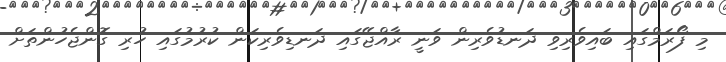
މި ފޯރަމްގައި ބައިވެރިވި ދަނޑުވެރިން ވަނީ ރާއްޖޭގައި ދަނޑިވެރިކަން ކުރުމުގައި ހުރި ގޮންޖެހުންތަށް